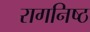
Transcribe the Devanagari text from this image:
रागनिष्ठ